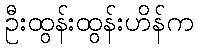
ဦးထွန်းထွန်းဟိန်က